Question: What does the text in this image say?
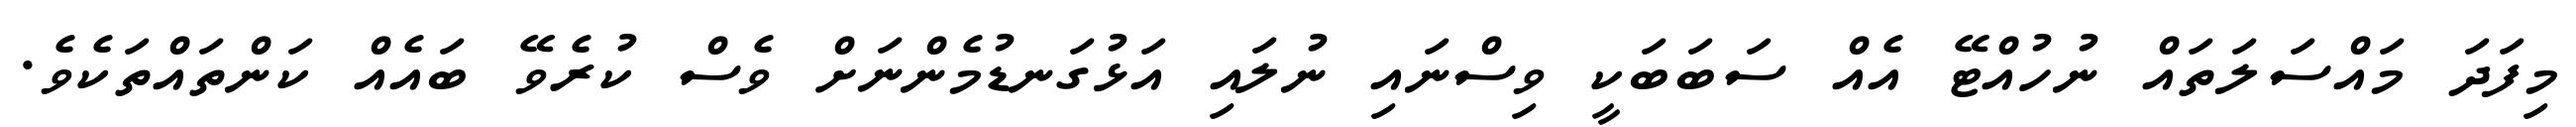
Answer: މިފަދަ މައްސަލަތައް ނުހުއްޓޭ އެއް ސަބަބަކީ ވިސްނައި ނުލައި އަޅުގަނޑުމެންނަށް ވެސް ކުރެވޭ ބައެއް ކަންތައްތަކެވެ.